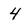
Character: 4